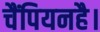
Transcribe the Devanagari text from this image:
चैंपियनहै।